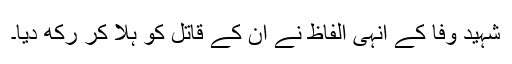
شہیدِ وفا کے انہی الفاظ نے ان کے قاتل کو ہلا کر رکھ دیا۔